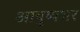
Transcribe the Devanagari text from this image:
आयु़्ष्यभर